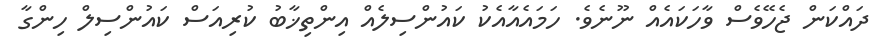
ދައްކަން ޖެހޭވެސް ވާހަކައެއް ނޫނެވެ. ހަމައެއާއެކު ކައުންސިލެއް އިންތިޚާބު ކުރިއަސް ކައުންސިލް ހިންގާ